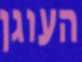
העוגן